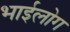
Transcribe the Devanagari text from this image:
भाईलोग